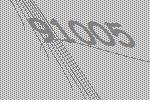
91005